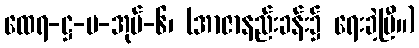
ထေရ-ဋ္ဌ-ပ-အုပ်-၆၊ (အာဇာနည်းခန်း၌ ရေးခဲ့ပြီ။)